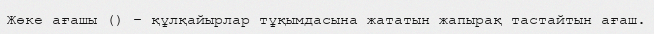
Жөке ағашы () – құлқайырлар тұқымдасына жататын жапырақ тастайтын ағаш.